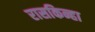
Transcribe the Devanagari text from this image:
रासकिन्हा